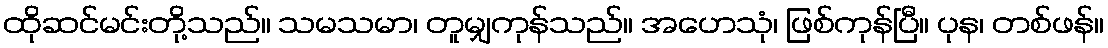
ထိုဆင်မင်းတို့သည်။ သမသမာ၊ တူမျှကုန်သည်။ အဟေသုံ၊ ဖြစ်ကုန်ပြီ။ ပုန၊ တစ်ဖန်။